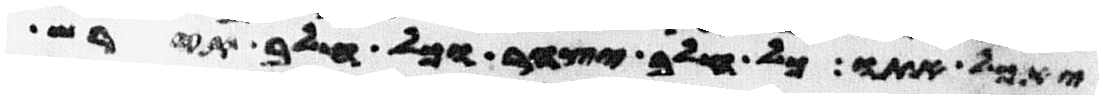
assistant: יאכל אתו כל חלב יצהר וכל חלב תירש